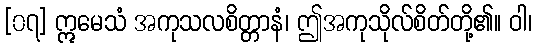
[၀၇] ဣမေသံ အကုသလစိတ္တာနံ၊ ဤအကုသိုလ်စိတ်တို့၏။ ဝါ၊